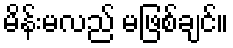
မိန်းမလည် မဖြစ်ချင်။